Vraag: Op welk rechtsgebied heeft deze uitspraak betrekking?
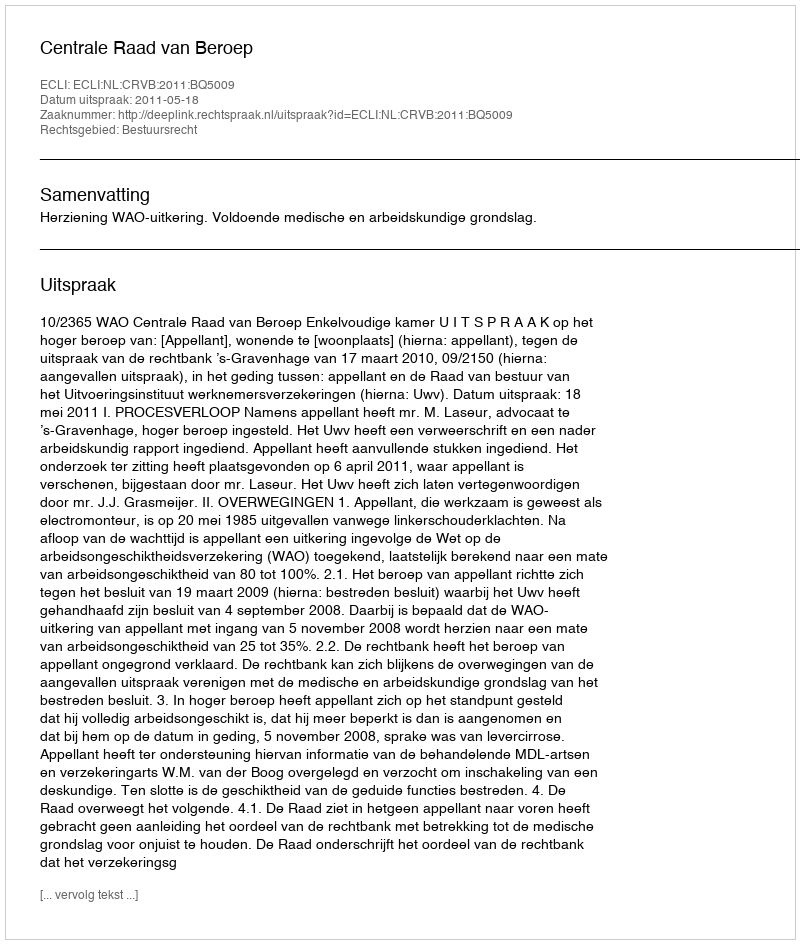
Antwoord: Bestuursrecht